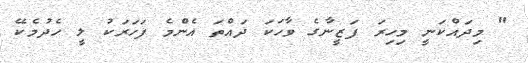
" މިދައްކަނީ މިހިރަ ފަޒީނާގެ ވާހަކަ ދައްތަ އެންމެ ފަހަރަކު ލީ ހެދުމެކޭ